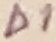
Text: D1